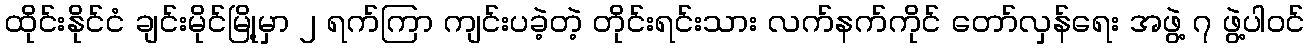
ထိုင်းနိုင်ငံ ချင်းမိုင်မြို့မှာ ၂ ရက်ကြာ ကျင်းပခဲ့တဲ့ တိုင်းရင်းသား လက်နက်ကိုင် တော်လှန်ရေး အဖွဲ့ ၇ ဖွဲ့ပါဝင်